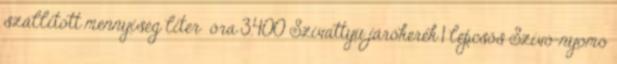
szállított mennyiség liter óra 3.400 Szivattyú járókerék 1 lépcsős Szívó-nyomó